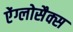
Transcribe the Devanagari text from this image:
ऐंग्लोसैक्स